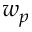
w _ { p }